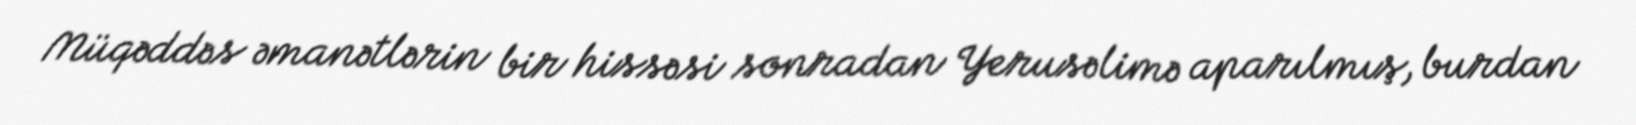
Müqəddəs əmanətlərin bir hissəsi sonradan Yerusəlimə aparılmış, burdan